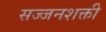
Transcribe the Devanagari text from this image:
सज्जनशक्ती